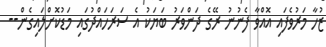
ޒުހާ މަރުވެފައި އޮއްވާ ފެނުނު ރޭގެ ދަންވަރު ބަޔަކު އެ ސަރަހައްދުގައި މަޑުކޮށްލައިގެން--